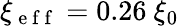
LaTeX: \xi_{\mathrm{~e~f~f~}}=0.26\ \xi_{0}